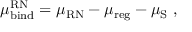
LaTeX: \mu _ { \mathrm { b i n d } } ^ { \mathrm { R N } } = \mu _ { \mathrm { R N } } - \mu _ { \mathrm { r e g } } - \mu _ { \mathrm { S } } \ ,